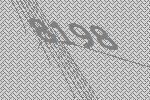
8198